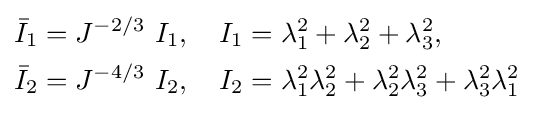
{\begin{aligned}{\bar {I}}_{1}&=J^{-2/3}~I_{1},\quad I_{1}=\lambda _{1}^{2}+\lambda _{2}^{2}+\lambda _{3}^{2},\\{\bar {I}}_{2}&=J^{-4/3}~I_{2},\quad I_{2}=\lambda _{1}^{2}\lambda _{2}^{2}+\lambda _{2}^{2}\lambda _{3}^{2}+\lambda _{3}^{2}\lambda _{1}^{2}\end{aligned}}